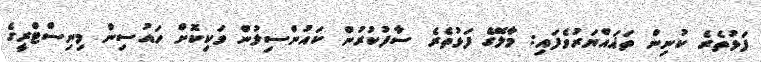
ފަޅުތެރެ ކުނިން ތަޣައްޔަރުވެފައި: މާލޭގެ ފަޅުތެރެ ސާފުކުރުން ކައުންސިލުން ވަކިކޮށް ހައުސިން މިނިސްޓްރީގެ